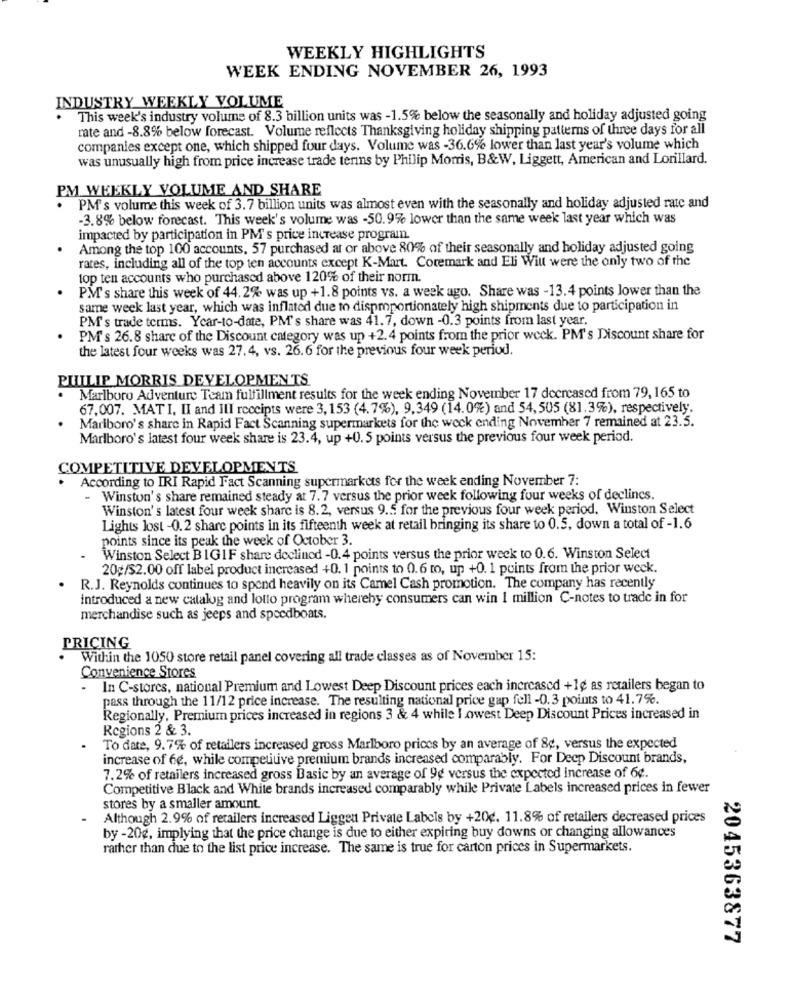
WEEKLY HIGHLIGHTS
WEEK ENDING NOVEMBER 26, 1993
INDUSTRY WEEKLY VOLUME
This week's industry volume of 8.3 billion units was -1.5% below the seasonally and holiday adjusted going
rate and -8.8% below forecast. Volume reflects Thanksgiving holiday shipping patterns of three days for all
companies except one, which shipped four days. Volume was -36.6% lower than last year's volume which
was unusually high from price increase trade terms by Philip Morris, B&W, Liggett, American and Lorillard.
PM WEEKLY VOLUME AND SHARE
PM's volume this week of 3.7 billion units was almost even with the seasonally and holiday adjusted rate and
-3.8% below forecast. This week's volume was -50.9% lower than the same week last year which was
impacted by participation in PM's price increase programn.
Among the top 100 accounts, 57 purchased at or above 80% of their seasonally and holiday adjusted going
rates, including all of the top ten accounts except K-Mart. Coremark and Eli Witt were the only two of the
top ten accounts who purchased above 120% of their norm.
PM's share this week of 44.2% was up +1.8 points vs. a week ago. Share was -13.4 points lower than the
same week last year, which was inflated due to disproportionately high shipments due to participation in
PM's trade terms. Year-to-date, PM's share was 41.7, down -0.3 points from last year.
PM's 26.8 share of the Discount category was up +2.4 points from the prior weck. PM's Discount share for
the latest four weeks was 27.4, vs. 26.6 for the previous four week period.
PHILIP MORRIS DEVELOPMENTS
Marlboro Adventure Team fulfillment results for the week ending November 17 decreased from 79, 165 to
67,007. MAT I, II and IlI receipts were 3, 153 (4.7%), 9,349 (14.0%) and 54,505 (81.3%), respectively.
Marlboro's share in Rapid Fact Scanning supermarkets for the weck ending November 7 remained at 23.5.
Marlboro's latest four week share is 23.4, up +0.5 points versus the previous four week period.
COMPETITIVE DEVELOPMENTS
According to IRI Rapid Fact Scanning supermarkets for the week ending November 7:
- Winston's share remained steady at 7.7 versus the prior week following four weeks of declincs.
Winston's latest four week share is 8.2, versus 9.5 for the previous four week period. Winston Select
Lights lost -0.2 share points in its fifteenth week at retail bringing its share to 0.5, down a total of -1.6
points since its peak the week of October 3.
Winston Select BIGIF share declined -0.4 points versus the prior weck to 0.6. Winston Select
20g/$2.00 off label product increased +0. 1 points to 0.6 to, up +0. 1 points from the prior weck.
R.J. Reynolds continues to spend heavily on its Camel Cash promotion. The company has recently
introduced a new catalog and lotto program whereby consumers can win I million C-notes to trade in for
merchandise such as jeeps and speedboats.
PRICING
Within the 1050 store retail panel covering all trade classes as of November 15:
Convenience Stores
- In C-stores, national Premium and Lowest Deep Discount prices each increased +1¢ as retailers began to
pass through the 11/12 price increase. The resulting national price gap fell -0.3 points to 41.7%.
Regionally, Premium prices increased in regions 3 & 4 while I.owest Deep Discount Prices increased in
Regions 2 & 3.
To date, 9.7% of retailers increased gross Marlboro prices by an average of 8¢, versus the expected
increase of 6e, while competitive premium brands increased comparably. For Deep Discount brands,
7.2% of retailers increased gross Basic by an average of 9g versus the expected increase of 6¢.
Competitive Black and White brands increased comparably while Private Labels increased prices in fewer
stores by a smaller amount.
Although 2.9% of retailers increased Liggen Private Labels by +20¢. 11.8% of retailers decreased prices
by -20g, implying that the price change is due to either expiring buy downs or changing allowances
rather than due to the list price increase. The same is true for carton prices in Supermarkets.
2045363877